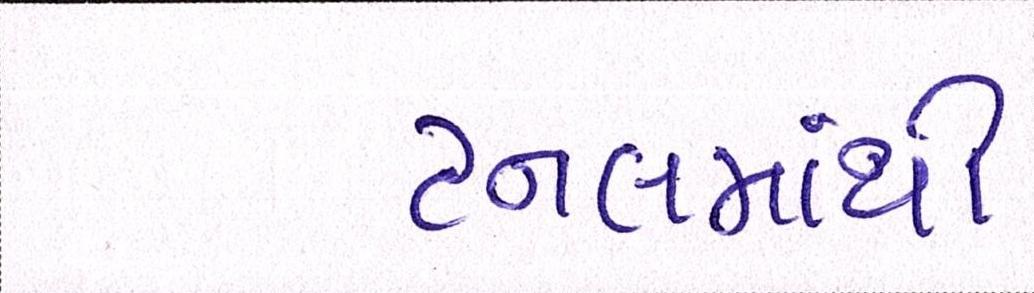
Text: ટનલમાંથી